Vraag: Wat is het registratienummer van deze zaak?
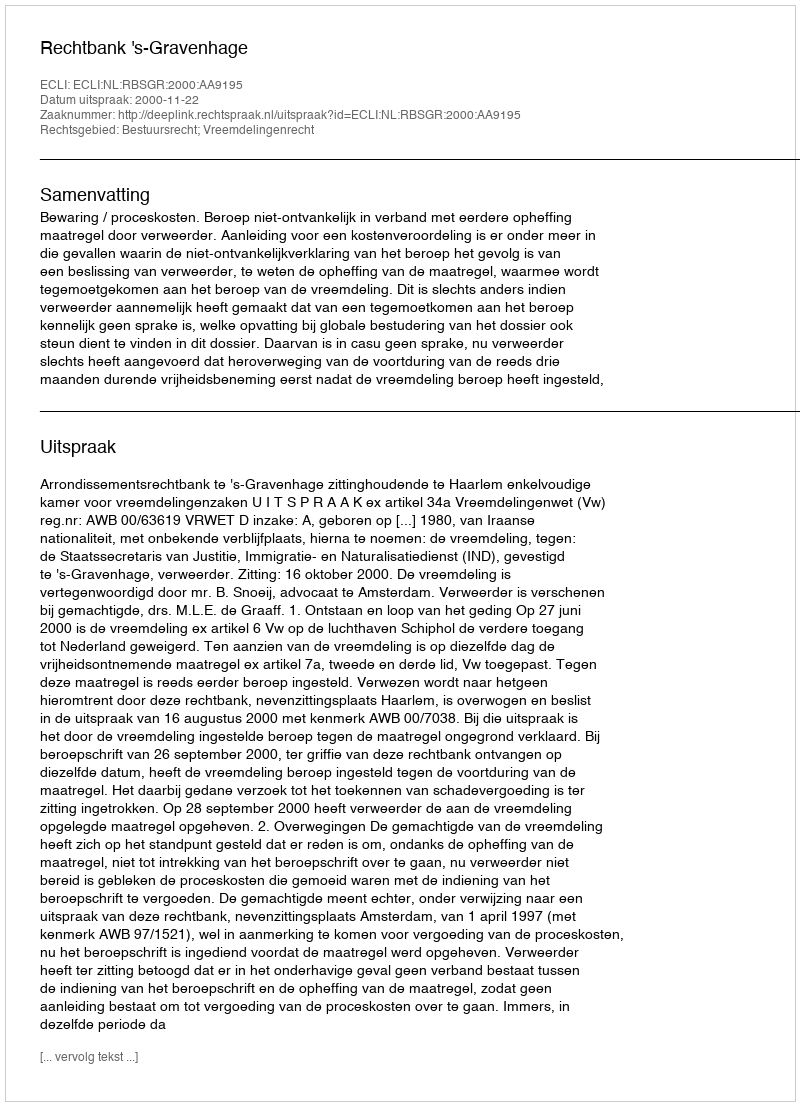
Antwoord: http://deeplink.rechtspraak.nl/uitspraak?id=ECLI:NL:RBSGR:2000:AA9195